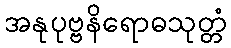
အနုပုဗ္ဗနိရောဓသုတ္တံ